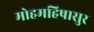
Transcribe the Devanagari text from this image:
मोहमहिषासुर